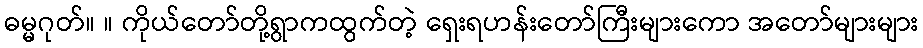
ဓမ္မဂုတ်။ ။ ကိုယ်တော်တို့ရွာကထွက်တဲ့ ရှေးရဟန်းတော်ကြီးများကော အတော်များများ